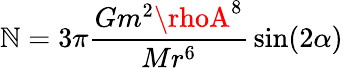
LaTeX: \mathbb{N}=3\pi{\frac{{Gm^{2}\rhoA^{8}}}{{Mr^{6}}}}\sin(2\alpha)